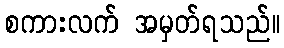
စကားလက် အမှတ်ရသည်။